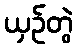
ယှဉ်တွဲ